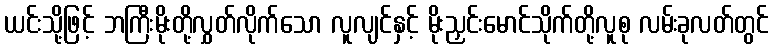
ယင်းသို့ဖြင့် ဘကြီးမိုးတို့လွှတ်လိုက်သော လူလျင်နှင့် မိုးညှင်းမောင်သိုက်တို့လူစု လမ်းခုလတ်တွင်